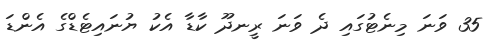
35 ވަނަ މިނެޓުގައި ދެ ވަނަ ރީނދޫ ކާޑާ އެކު ޔުނައިޓެޑްގެ އެންޑަ